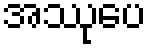
အဿုပေ